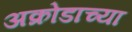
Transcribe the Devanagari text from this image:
अक्रोडाच्या